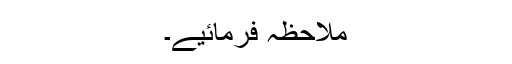
ملاحظہ فرمائیے۔